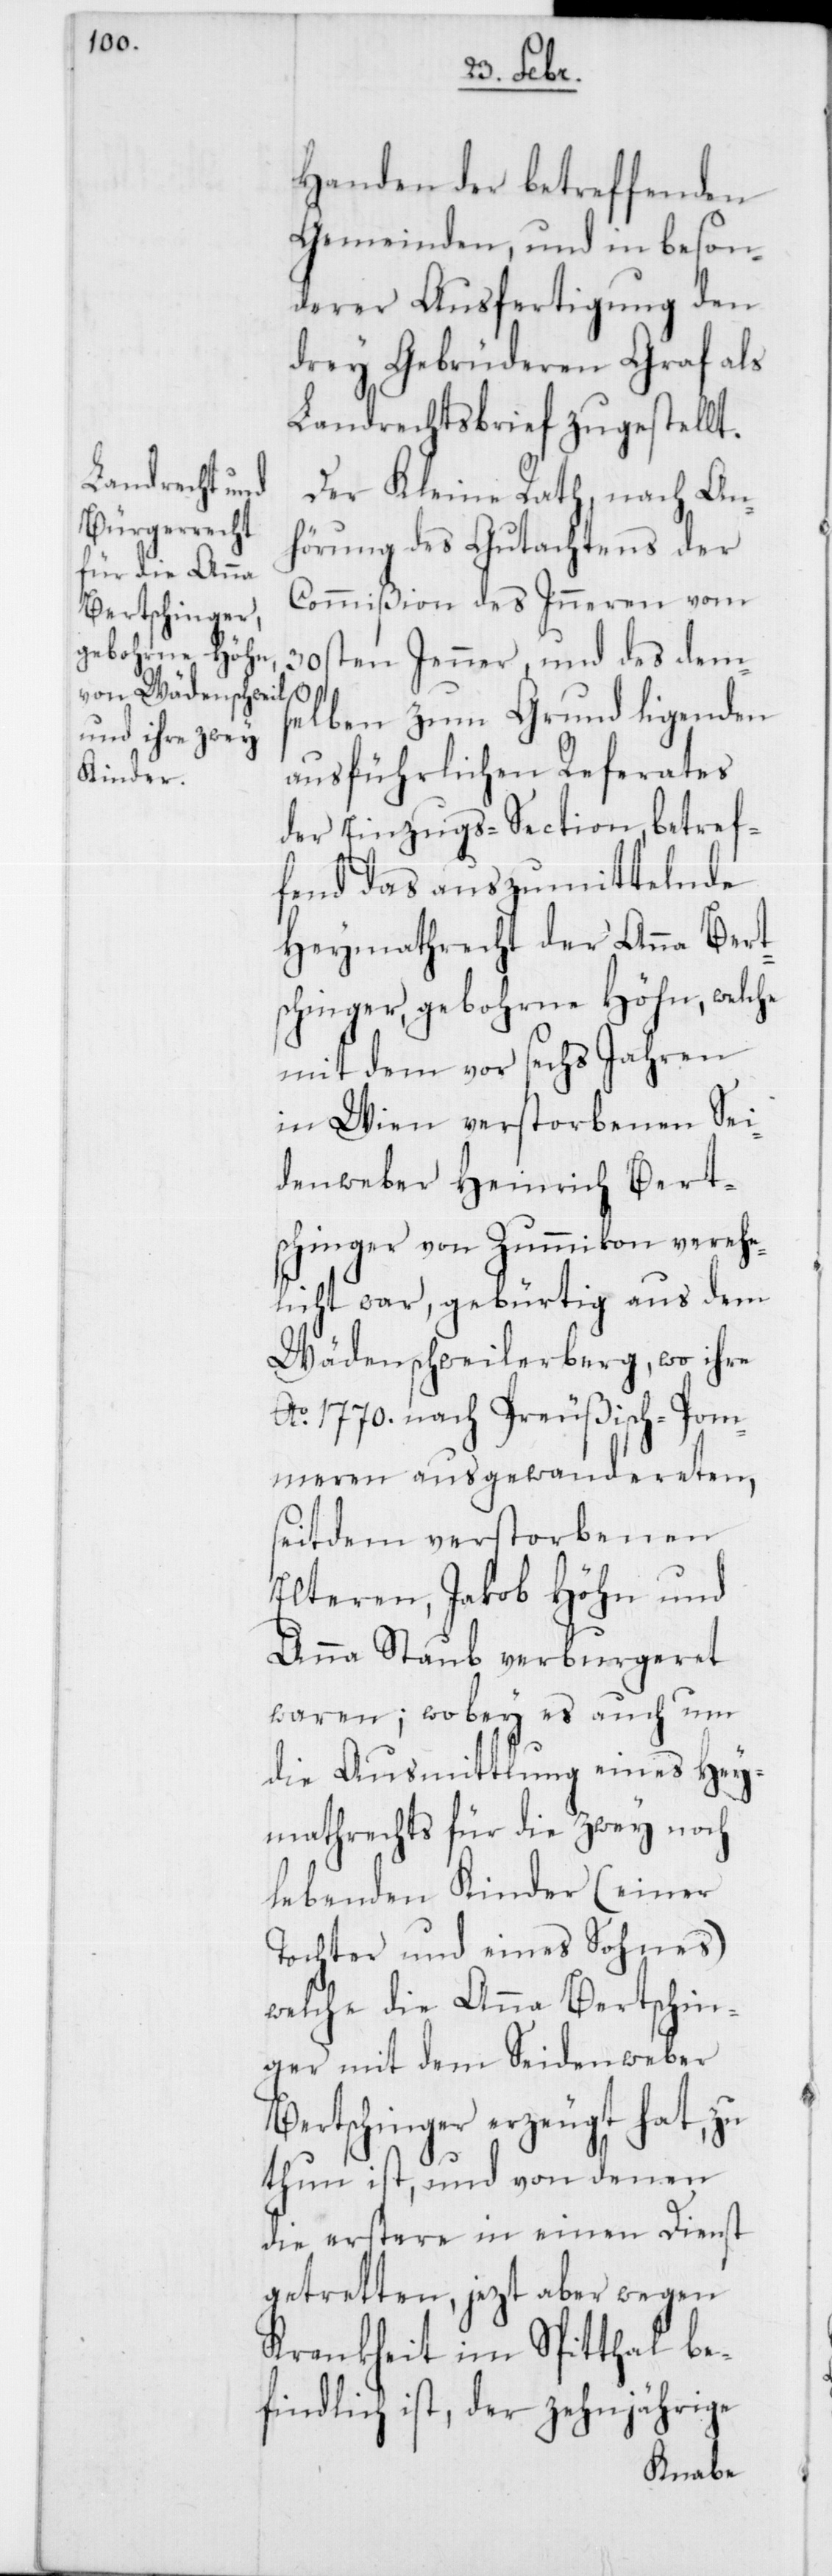
Handen der betreffenden
Gemeinden, und in beson¬
derer Ausfertigung den
drey Gebrüderen Graf als
Landrechtsbrief zugestellt.
Der Kleine Rath, nach An¬
hörung des Gutachtens der
Commißion des Inneren vom
30sten Jenner, und des dem¬
selben zum Grund ligenden
ausführlichen Referates
der Einzugs-Section, betref¬
fend das auszumittelnde
Heymathrecht der Anna Berts¬
chinger, gebohrne Höhn, welche
mit dem vor sechs Jahren
in Wien verstorbenen Sei¬
denweber Heinrich Bert¬
schinger von Zummikon verehe¬
licht war, gebürtig aus dem
Wädenschweilerberg, wo ihre
Ao. 1770. nach Preußisch-Pom¬
meren ausgewandereten,
seitdem verstorbenen
Elteren, Jakob Höhn und
Anna Staub verburgeret
waren; wobey es auch um
die Ausmittlung eines Hey¬
mathrechts für die zwey noch
lebenden Kinder (einer
Tochter und eines Sohnes),
welche die Anna Bertschin¬
ger mit dem Seidenweber
Bertschinger erzeugt hat, zu
thun ist, und von denen
die erstere in einen Dienst
getretten, jezt aber wegen
Krankheit im Spitthal be¬
findlich ist, der zehnjährige